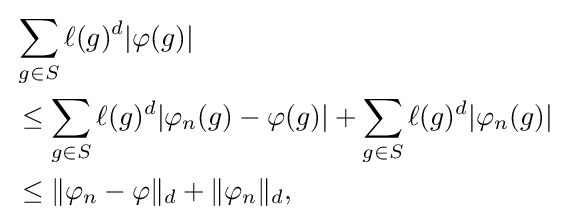
{\begin{aligned}&{}\sum _{g\in S}\ell (g)^{d}|\varphi (g)|\\&{}\leq \sum _{g\in S}\ell (g)^{d}|\varphi _{n}(g)-\varphi (g)|+\sum _{g\in S}\ell (g)^{d}|\varphi _{n}(g)|\\&{}\leq \|\varphi _{n}-\varphi \|_{d}+\|\varphi _{n}\|_{d},\end{aligned}}